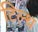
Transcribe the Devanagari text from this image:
टिल्थ